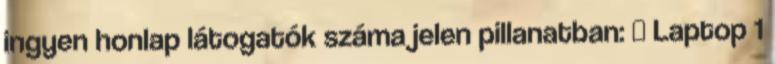
ingyen honlap látogatók száma jelen pillanatban: ▲ Laptop 1